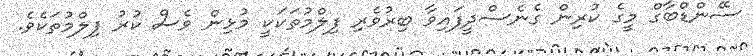
ސޭންޑްބާގް މީގެ ކުރިން ގެނެސްދީފައިވާ ބިރުވެރި ފިލްމުތަކަކީ މުޅިން ވެސް ކުރު ފިލްމުތަކެވެ.